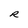
Character: R